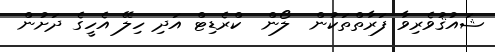
ޝައުޤުވެރިވާ ފަރާތްތަކުން  ލޯން  ކްރެޑިޓް އަދި ހިލޭ އެހީގެ ދަށުން